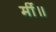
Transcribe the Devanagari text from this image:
मीं॥